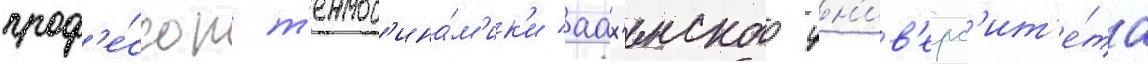
проф'е́ссор т'ермод'ина́м'ик'и аах'енского ун'ив'ерс'ит'е́та